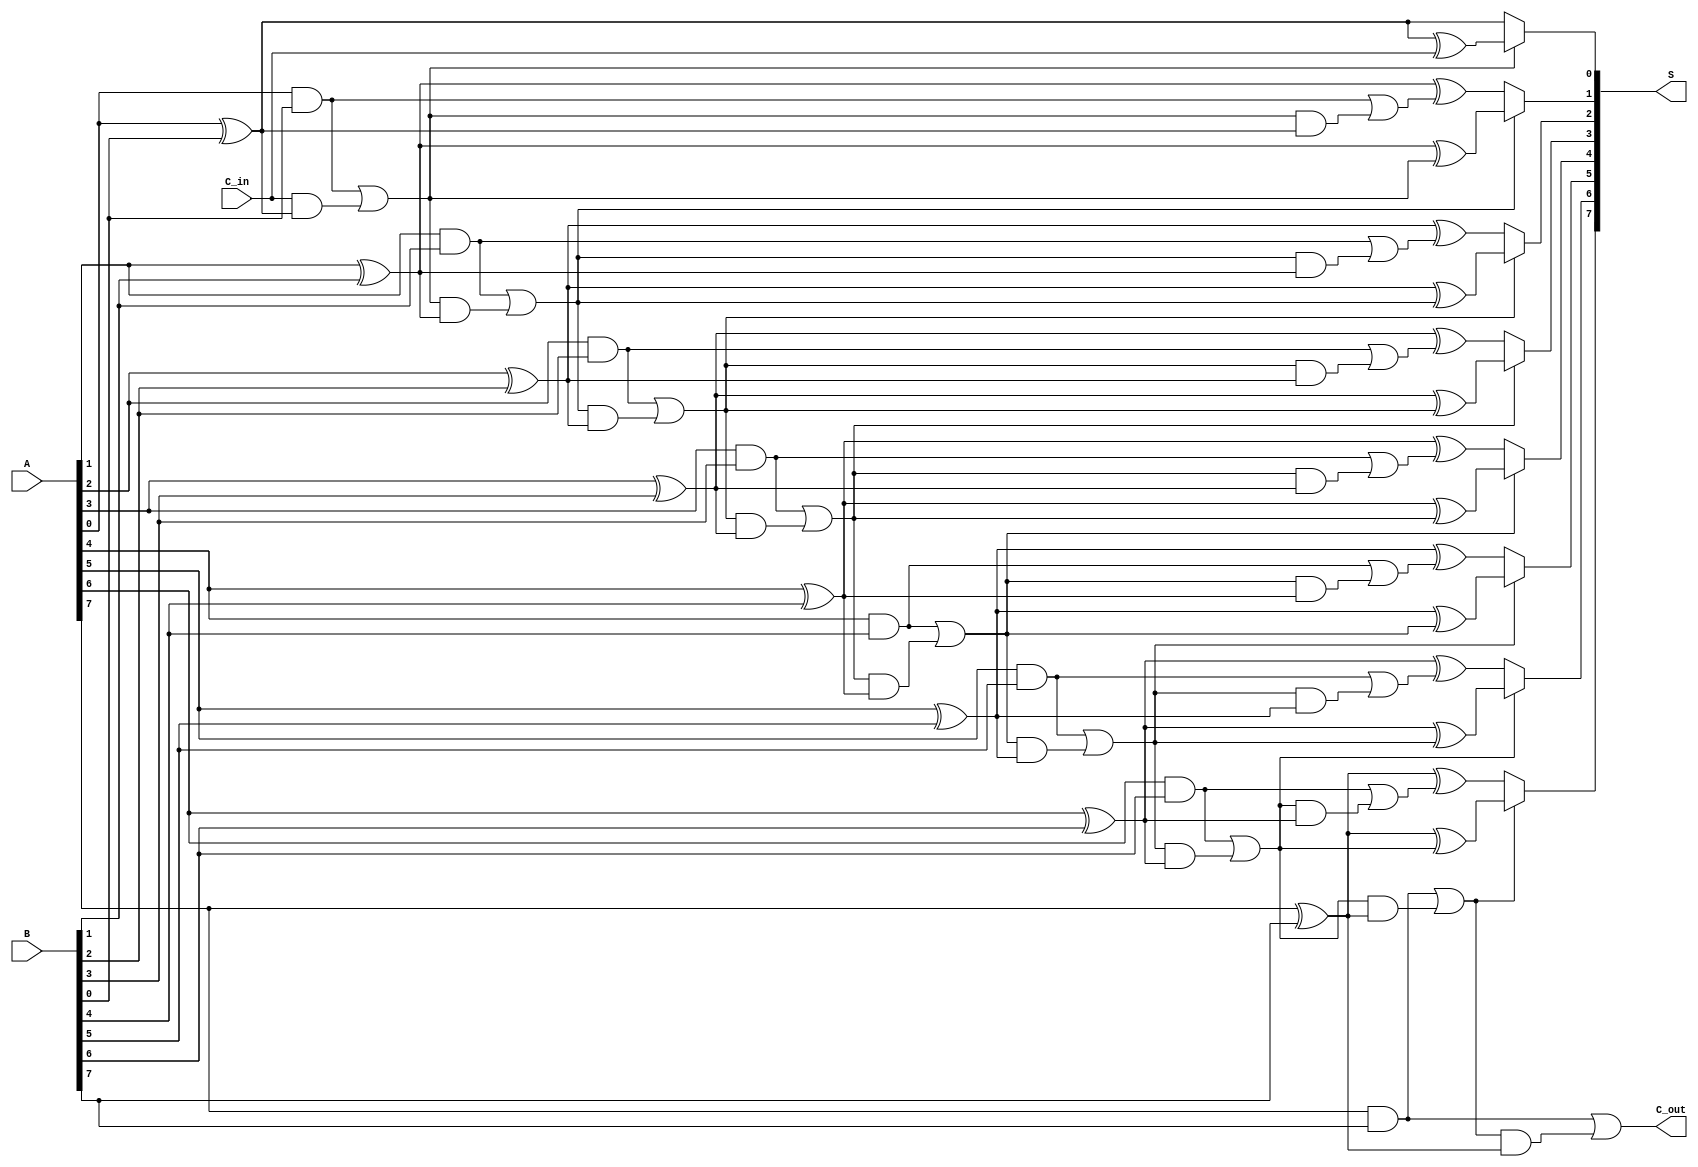
module ConditionalSumAdder #(parameter n = 8) (
    input [n-1:0] A,          // First n-bit input
    input [n-1:0] B,          // Second n-bit input
    input C_in,               // Initial carry input
    output [n-1:0] S,         // n-bit sum output
    output C_out              // Final carry output
);

    wire [n-1:0] S0;          // Partial sum when no carry
    wire [n-1:0] S1;          // Partial sum when there is a carry
    wire [n-1:0] C0;          // Carry when no carry from previous position
    wire [n-1:0] C1;          // Carry when there is a carry from previous position

    // Generate partial sums and carries
    genvar i;
    generate
        for (i = 0; i < n; i = i + 1) begin : CSA
            // Calculate partial sums S0 and S1
            assign S0[i] = A[i] ^ B[i] ^ (i == 0 ? C_in : C0[i-1]);
            assign S1[i] = A[i] ^ B[i] ^ (i == 0 ? 1'b0 : C1[i-1]);

            // Calculate carries C0 and C1
            assign C0[i] = (A[i] & B[i]) | ((i == 0 ? C_in : C0[i-1]) & (A[i] ^ B[i]));
            assign C1[i] = (A[i] & B[i]) | (C0[i] & (A[i] ^ B[i]));
        end
    endgenerate

    // Select the appropriate sum based on carry conditions
    generate
        for (i = 0; i < n; i = i + 1) begin : SUM_SELECTION
            assign S[i] = C0[i] ? S0[i] : S1[i];
        end
    endgenerate

    // Final carry output
    assign C_out = C1[n-1]; // The carry out of the last bit position

endmodule